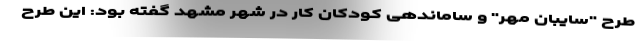
طرح "سایبان مهر" و ساماندهی کودکان کار در شهر مشهد گفته بود: این طرح